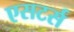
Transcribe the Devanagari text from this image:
एसटर्स